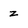
Character: z